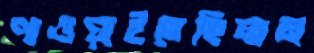
পাওয়াইতেছিলাম